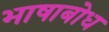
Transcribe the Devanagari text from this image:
भाषाबोध